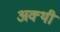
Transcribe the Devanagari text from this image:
अक्थी